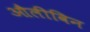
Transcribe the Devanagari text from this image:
औलीविन